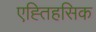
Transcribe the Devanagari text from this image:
एह्तिहसिक